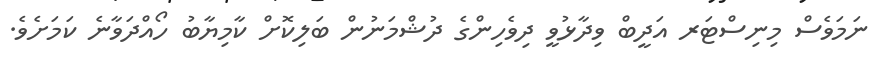
ނަމަވެސް މިނިސްޓަރ އަދީބް ވިދާޅުވީ ދިވެހިންގެ ދުޝްމަނުން ބަލިކޮށް ކާމިޔާބު ހޯއްދަވާނެ ކަމަށެވެ.